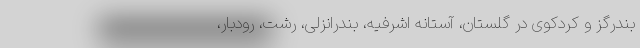
بندرگز و کردکوی در گلستان، آستانه اشرفیه، بندرانزلی، رشت، رودبار،